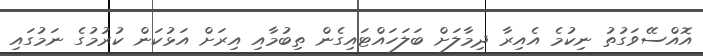
އޮއްސޭވަގުތު ނިކުމެ އެއިރާ ދިމާލަށް ބަލަހައްޓައިގެން ތިބުމާއި އިރަށް އަޅުކަން ކުރުމުގެ ނަމުގައި